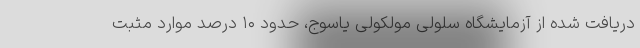
دریافت شده از آزمایشگاه سلولی مولکولی یاسوج، حدود ۱۰ درصد موارد مثبت